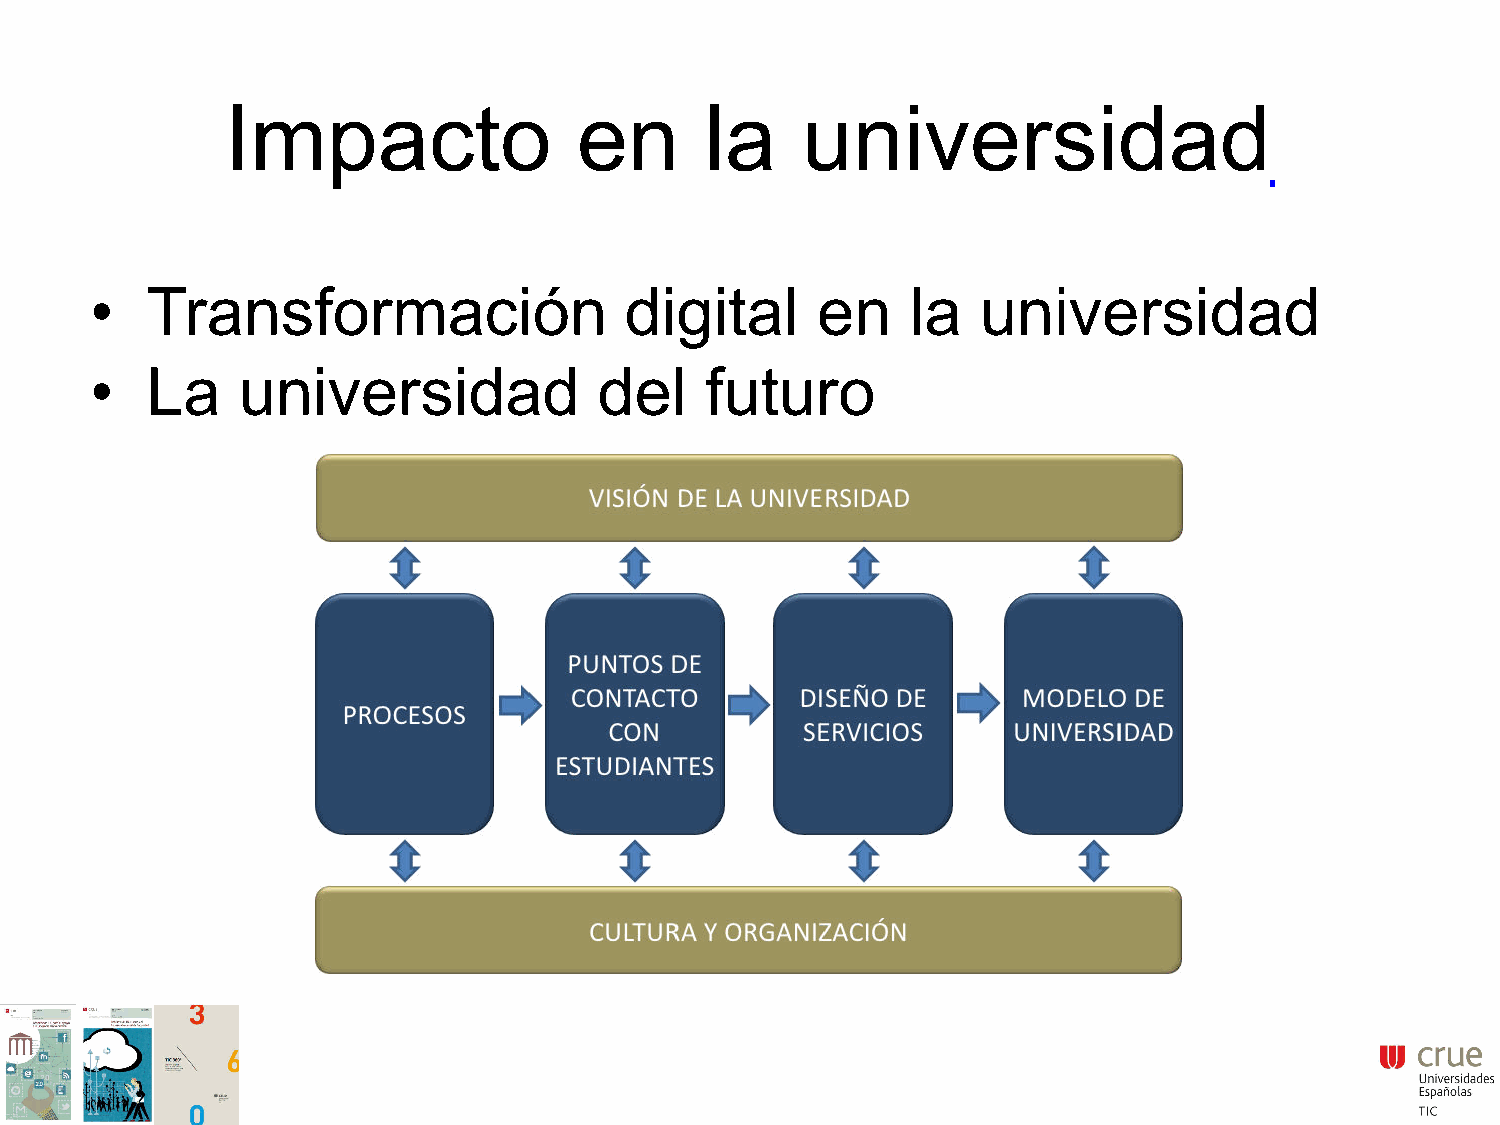
Impacto                en       la    universidad
 Transformación                 digital      en    la   universidad
 •
 La    universidad             del    futuro
 •